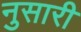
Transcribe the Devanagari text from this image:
नुसारी